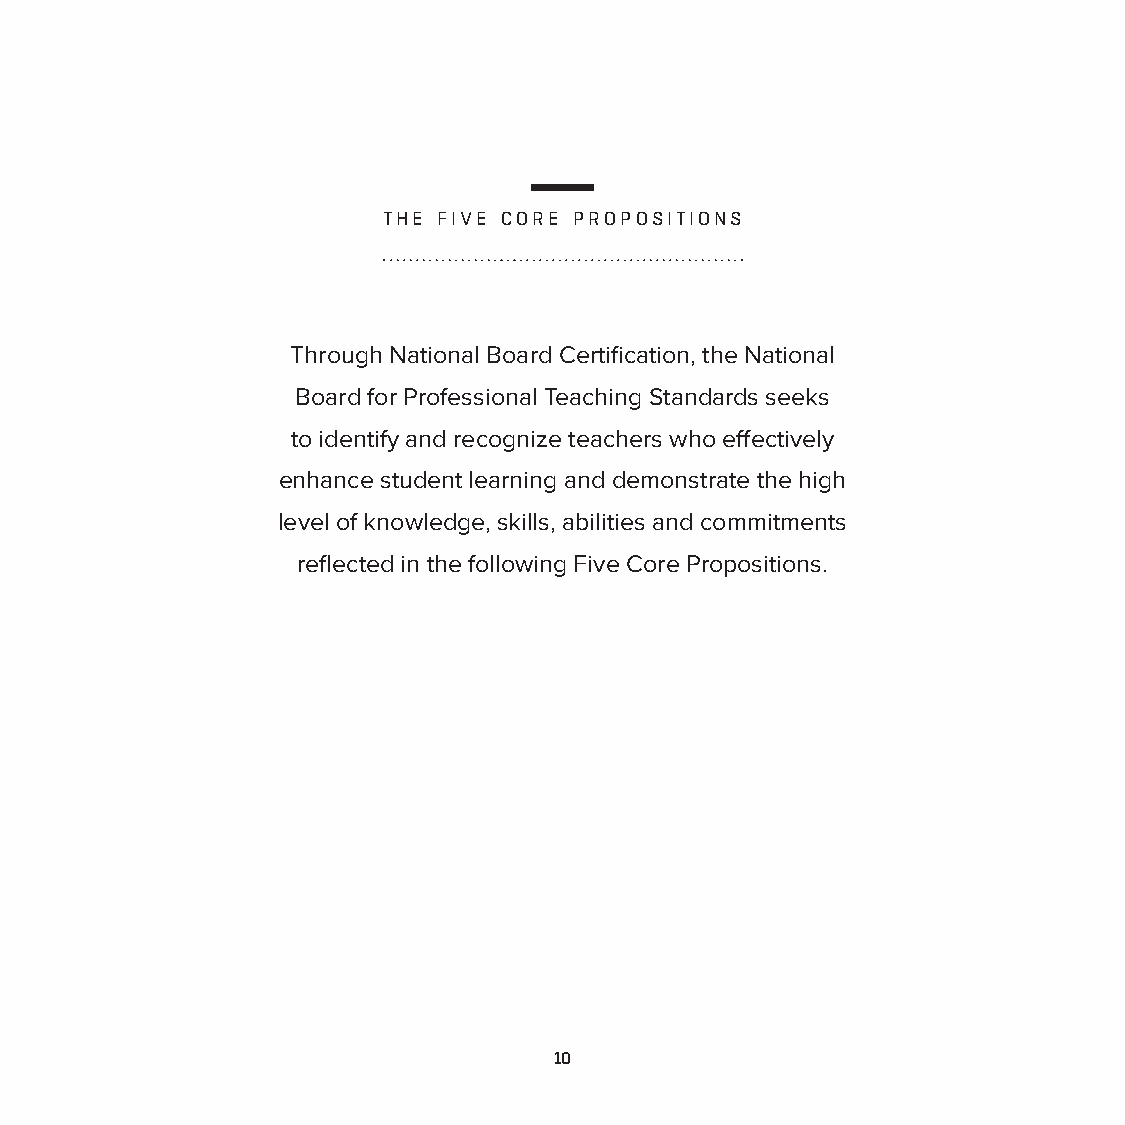
THE FIVE CORE PROPOSITIONS
 Through National Board Certification, the National
 Board for Professional Teaching Standards seeks
 to identify and recognize teachers who effectively
 enhance student learning and demonstrate the high
 level of knowledge, skills, abilities and commitments
 reflected in the following Five Core Propositions.
 10